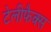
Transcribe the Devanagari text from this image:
टेलीफैक्स